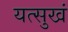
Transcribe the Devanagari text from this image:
यत्सुखं